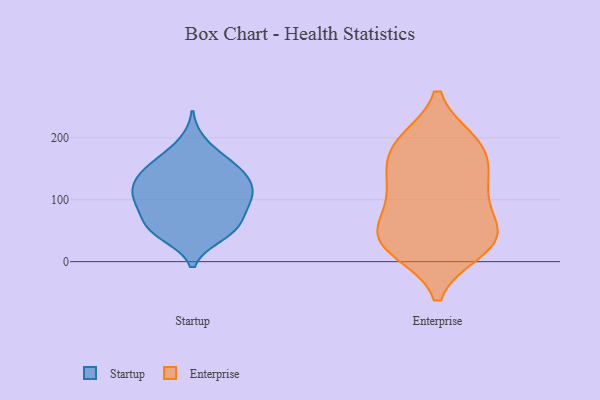
{"axis": {"x": "Churn Rate (%)", "y": "Value"}, "legend": ["Enterprise", "Startup"], "data": [{"x": "", "y": 96, "type": "Startup"}, {"x": "", "y": 152, "type": "Startup"}, {"x": "", "y": 128, "type": "Startup"}, {"x": "", "y": 118, "type": "Startup"}, {"x": "", "y": 118, "type": "Startup"}, {"x": "", "y": 42, "type": "Startup"}, {"x": "", "y": 137, "type": "Startup"}, {"x": "", "y": 68, "type": "Startup"}, {"x": "", "y": 166, "type": "Startup"}, {"x": "", "y": 154, "type": "Startup"}, {"x": "", "y": 48, "type": "Startup"}, {"x": "", "y": 90, "type": "Startup"}, {"x": "", "y": 149, "type": "Startup"}, {"x": "", "y": 96, "type": "Startup"}, {"x": "", "y": 53, "type": "Startup"}, {"x": "", "y": 114, "type": "Startup"}, {"x": "", "y": 66, "type": "Startup"}, {"x": "", "y": 48, "type": "Startup"}, {"x": "", "y": 101, "type": "Startup"}, {"x": "", "y": 192, "type": "Startup"}, {"x": "", "y": 46, "type": "Enterprise"}, {"x": "", "y": 133, "type": "Enterprise"}, {"x": "", "y": 61, "type": "Enterprise"}, {"x": "", "y": 193, "type": "Enterprise"}, {"x": "", "y": 181, "type": "Enterprise"}, {"x": "", "y": 114, "type": "Enterprise"}, {"x": "", "y": 57, "type": "Enterprise"}, {"x": "", "y": 183, "type": "Enterprise"}, {"x": "", "y": 192, "type": "Enterprise"}, {"x": "", "y": 138, "type": "Enterprise"}, {"x": "", "y": 40, "type": "Enterprise"}, {"x": "", "y": 19, "type": "Enterprise"}, {"x": "", "y": 21, "type": "Enterprise"}, {"x": "", "y": 28, "type": "Enterprise"}, {"x": "", "y": 111, "type": "Enterprise"}]}